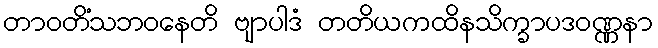
တာဝတိံသဘဝနေတိ ဗျာပါဒံ တတိယကထိနသိက္ခာပဒဝဏ္ဏနာ